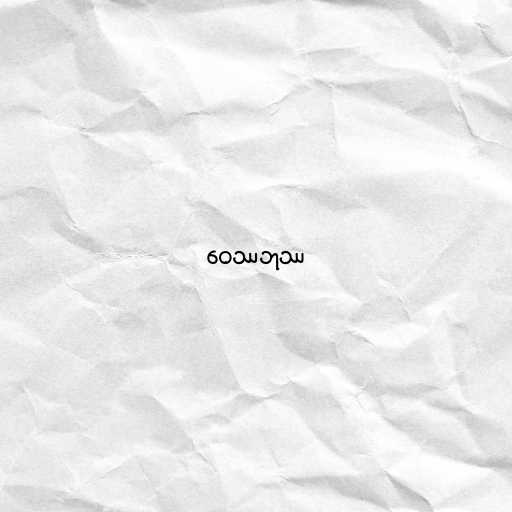
ဝေဿဘုဿ